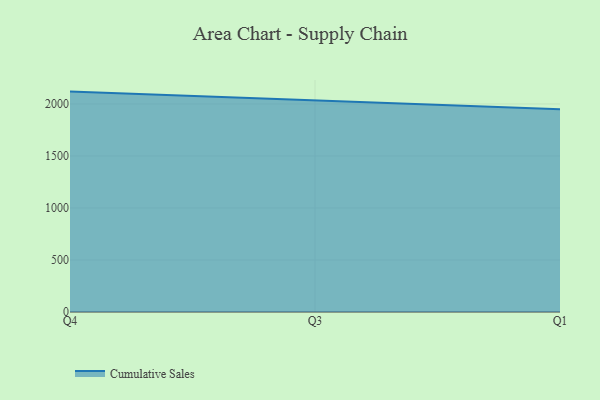
{"axis": {"x": "Quarter", "y": "Bounce Rate (%)"}, "legend": ["Cumulative Sales"], "data": [{"x": "Q4", "y": 2118.9, "type": "Cumulative Sales"}, {"x": "Q3", "y": 2035.4, "type": "Cumulative Sales"}, {"x": "Q1", "y": 1948.6, "type": "Cumulative Sales"}]}